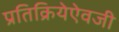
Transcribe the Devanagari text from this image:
प्रतिक्रियेऐवजी